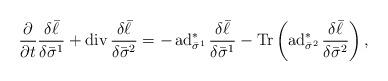
LaTeX: \begin{align*}\frac{\partial}{\partial t}\frac{\delta \bar\ell}{\delta\bar{\sigma}^1}+\operatorname{div}\frac{\delta \bar\ell}{\delta\bar{\sigma}^2}=-\operatorname{ad}^*_{\bar\sigma^1}\frac{\delta \bar\ell}{\delta\bar{\sigma}^1}-\operatorname{Tr}\left(\operatorname{ad}^*_{\bar\sigma^2}\frac{\delta \bar\ell}{\delta\bar{\sigma}^2}\right),\end{align*}